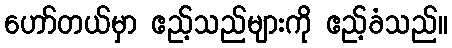
ဟော်တယ်မှာ ဧည့်သည်များကို ဧည့်ခံသည်။